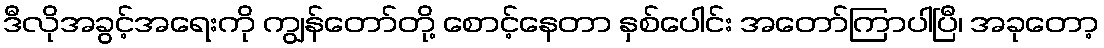
ဒီလိုအခွင့်အရေးကို ကျွန်တော်တို့ စောင့်နေတာ နှစ်ပေါင်း အတော်ကြာပါပြီ၊ အခုတော့